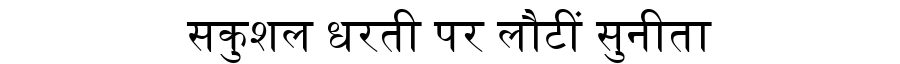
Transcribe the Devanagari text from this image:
सकुशल धरती पर लौटीं सुनीता